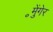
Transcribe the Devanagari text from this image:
॰मुेंगेर